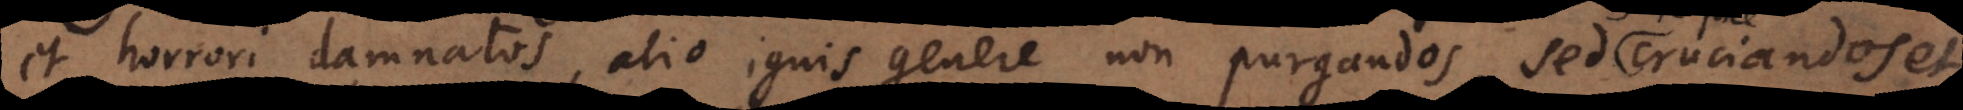
et horrori damnatos, alio ignis genere non purgandos, sed cruciandos et